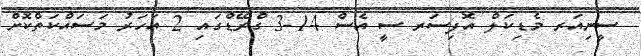
ސީނިއަރ މެޑިކަލް އޮފިސަރ ސީ އެސް 14-3 ގްރޭޑްގައި 2 އަހަރު މަސައްކަތްކޮށް